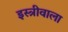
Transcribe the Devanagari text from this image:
इस्त्रीवाला